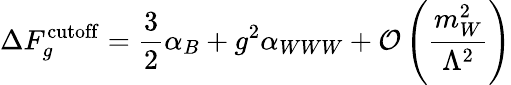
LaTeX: \Delta F_{g}^{\mathrm{cutoff}}=\frac 32\alpha_{B}+g^{2}\alpha_{WWW}+{\cal O}\left(\frac{m_{W}^{2}}{\Lambda^{2}}\right)